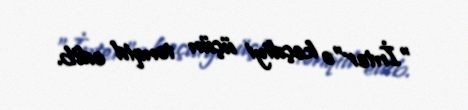
"İnter"ə keçdiyi üçün tənqid edib.